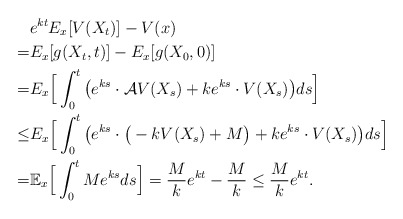
\begin{align*}&e^{kt}E_x[V(X_t)]-V(x) \\=&E_x[g(X_t,t)]-E_x[g(X_0,0)]\\=&E_x\Big[\int_0^t\big(e^{ks} \cdot\mathcal{A}V(X_s)+ke^{ks} \cdot V(X_s)\big)ds\Big] \\\le &E_x\Big[\int_0^t\big(e^{ks} \cdot \big(-kV(X_s)+M\big)+ke^{ks} \cdot V(X_s)\big)ds\Big] \\= & \mathbb{E}_x\Big[\int_0^tMe^{ks}ds\Big] = \frac{M}{k}e^{kt}- \frac{M}{k}\le \frac{M}{k}e^{kt}.\end{align*}